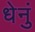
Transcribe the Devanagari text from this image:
धेनुं